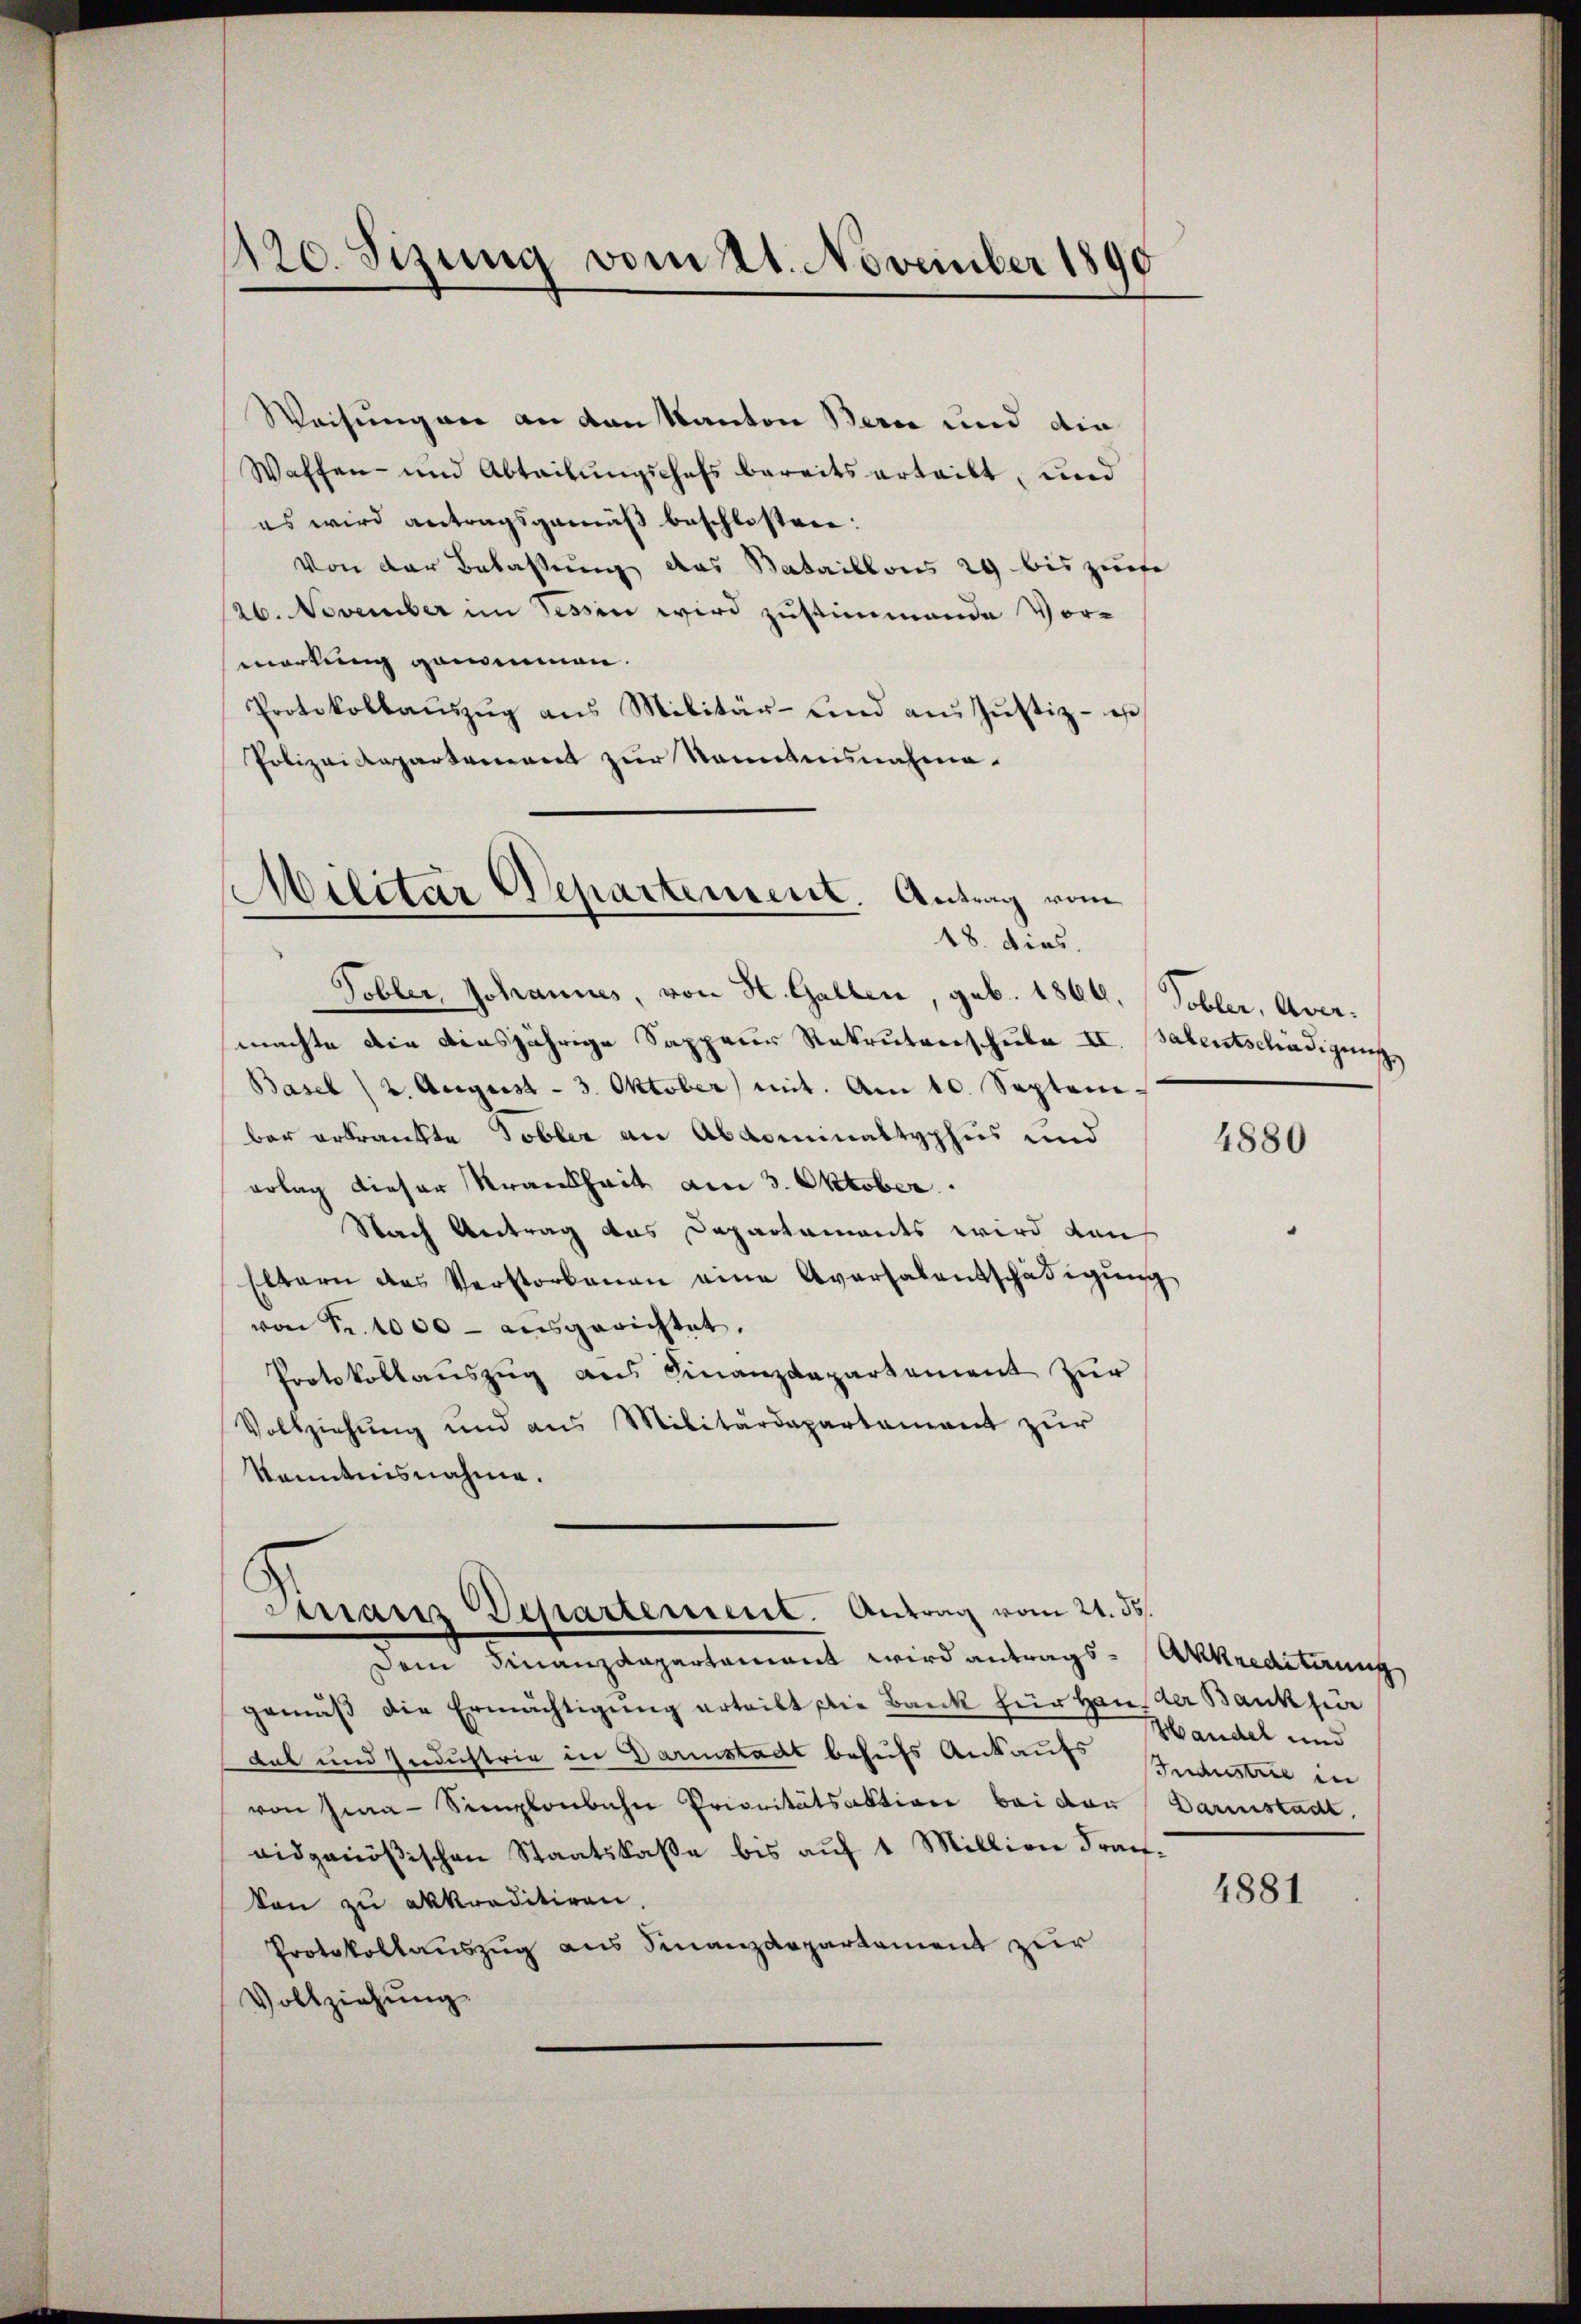
1120. Sizung vom 21. November 1890

Weisung an an von Kanton Bern und die
Waffen- und Abteilungschefs bereits erteilt, und
es wird antragsgemäß beschlossen:
Von der Belassung das Bataillons 29 bis ziehe
26. November im Tessin wird zustimmende Vor-
warkung genommen.
Protokollaŭszŭg ans Militär- und an Jŭstiz- u
Polizeidepartement zur Sonntnisnahme.

Militar Departement. Antrag vom
18. dies.

Tobler, Johannes, von H. Gallen, geb. 1864, Tobler, Avermachte die diesjährige Sappeur Rekrutenschule II. Balentschädigung
Basel (2. August - 3. Oktober mit. Am 10. Septem
ber erkrankte Tobler an Abdominaltyphus und
erlag dieser Krankheit am 3. Oktober.
Nach Antrag das Departaments wird den
Eltern des Verstorbenen eine Aversalentschädigŭng
von Fr. 1000 - ausgerichtet.
Protokollauszug aus Finanzdepartement zur
Vollziehung und aus Militärdepartament zur
Kenntnisnahme.

Maur Departement. Antrag vom 21. 56.

Dem Finanzdepartement wird antragsgemäß die Ermächtigung erteilt die Bank für Hander Bank für
dak und Industrie in Darmstadt behufs Ankauf Industrie in
von Zwa-Semplonbahn Prioritätsaktion bei der Darmstadt.
vidgenößischen Staatskaße bis aŭf 1 Million Frach.
kon zu akkreditiren.
Protokollauszug aus Finanzdepartement zur
Vollziehung.

4880

Akkrediterung
Handel und

1881